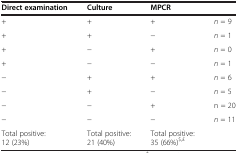
<table><thead><tr><td><b>Direct examination</b></td><td><b>Culture</b></td><td><b>MPCR</b></td><td><b> </b></td></tr></thead><tbody><tr><td>+</td><td>+</td><td>+</td><td><i>n</i> = 9</td></tr><tr><td>+</td><td>+</td><td>−</td><td><i>n</i> = 1</td></tr><tr><td>+</td><td>−</td><td>+</td><td><i>n</i> = 0</td></tr><tr><td>+</td><td>−</td><td>−</td><td><i>n</i> = 1</td></tr><tr><td>−</td><td>+</td><td>+</td><td><i>n</i> = 6</td></tr><tr><td>−</td><td>+</td><td>−</td><td><i>n</i> = 5</td></tr><tr><td>−</td><td>−</td><td>+</td><td>n = 20</td></tr><tr><td>−</td><td>−</td><td>−</td><td><i>n</i> = 11</td></tr><tr><td>Total positive: 12 (23%)</td><td>Total positive: 21 (40%)</td><td>Total positive: 35 (66%)<sup>$,£</sup></td><td> </td></tr></tbody></table>